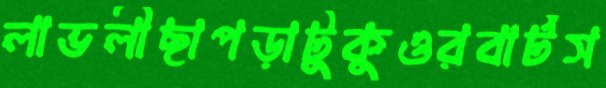
লাভলীছাপড়াটুকুওরবার্টস